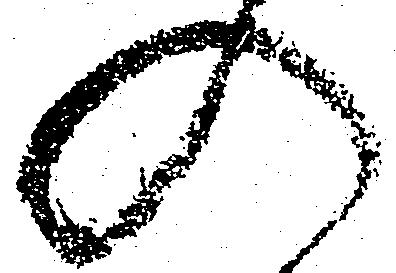
入